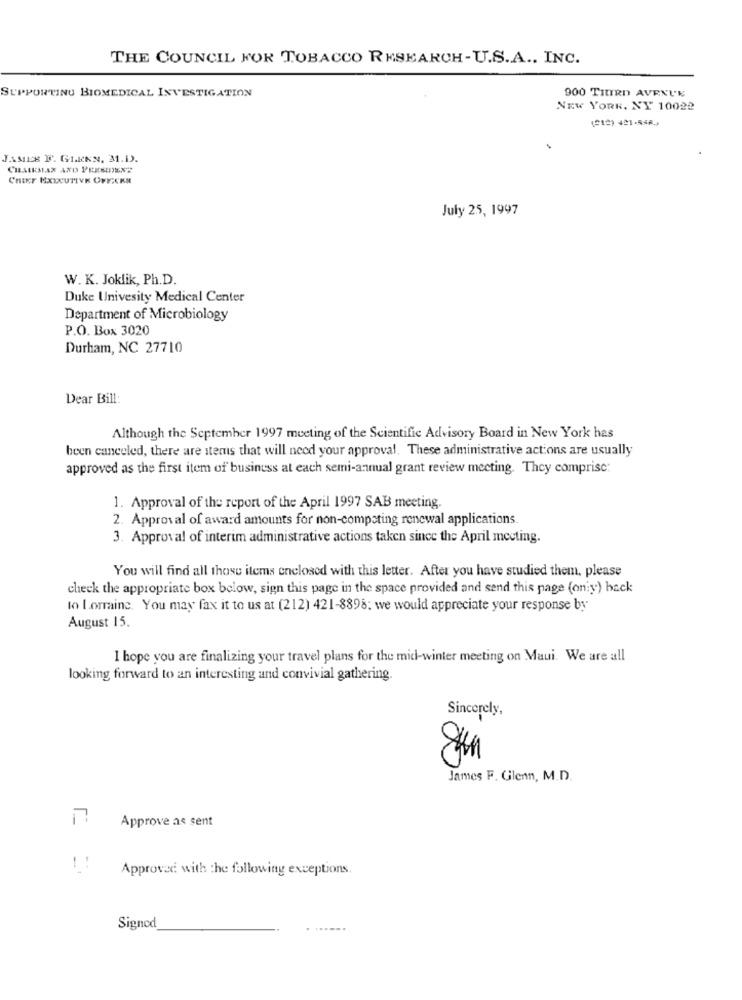
THE COUNCIL FOR TOBACCO RESEARCH-U.S.A ., INC.
SUPPORTING BIOMEDICAL INVESTIGATION
900 TILRD AVENUE
NEW YORK, NY 10022
(212) 421-558.
JAMIE F. GLENN, 31.1).
CHAIRMAX AND PRESIDENT
CHIEF EXECUTIVE OFFICER
July 25, 1997
W. K. Joklik, Ph.D.
Duke Univesity Medical Center
Department of Microbiology
P.O. Box 3020
Durham, NC 27710
Dear Bill:
Although the September 1997 meeting of the Scientific Advisory Board in New York has
been canceled, there are sters that will need your approval. These administrative actions are usually
approved as the first item of business at each semi-annual grant review meeting. They comprise:
1. Approval of the report of the April 1997 SAB meeting.
2. Approval of award amounts for non-competing renewal applications
3. Approval of interim administrative actions taken since the April meeting.
You will find all those items enclosed with this letter. After you have studied them, please
check the appropriate box below, sign this page in the space provided and send this page (oniy) back
lo Lorraine. You may fax it to us at (212) 421-8898; we would appreciate your response by
August 15.
I hope you are finalizing your travel plans for the mid-winter meeting on Maui. We are all
looking forward to an interesting and convivial gathering.
Sincerely,
James F. Glenn, M.D.
Approve as sent
Approved with the following exceptions
Signed